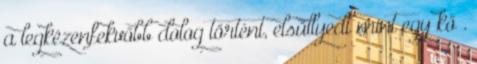
a legkézenfekvőbb dolog történt, elsüllyedt mint egy kő .